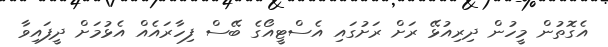
އެގޮތުން މީހުން ދިރިއުޅޭ ރަށް ރަށުގައި އެސްޓީއޯގެ ބޭސް ފިހާރައެއް އެޅުމަށް ދީފައިވާ